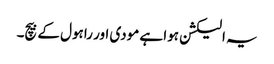
یہ الیکشن ہوا ہے مودی اور راہول کے بیچ۔